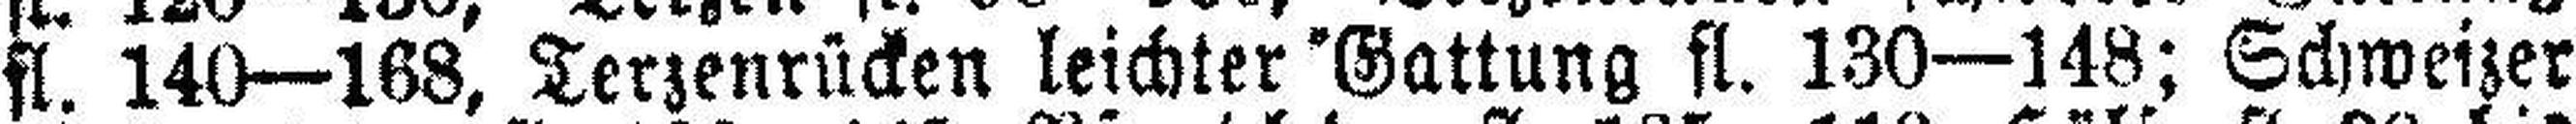
fl. 140—168, Terzenrücken leichter Gattung fl. 130—148; Schweizer